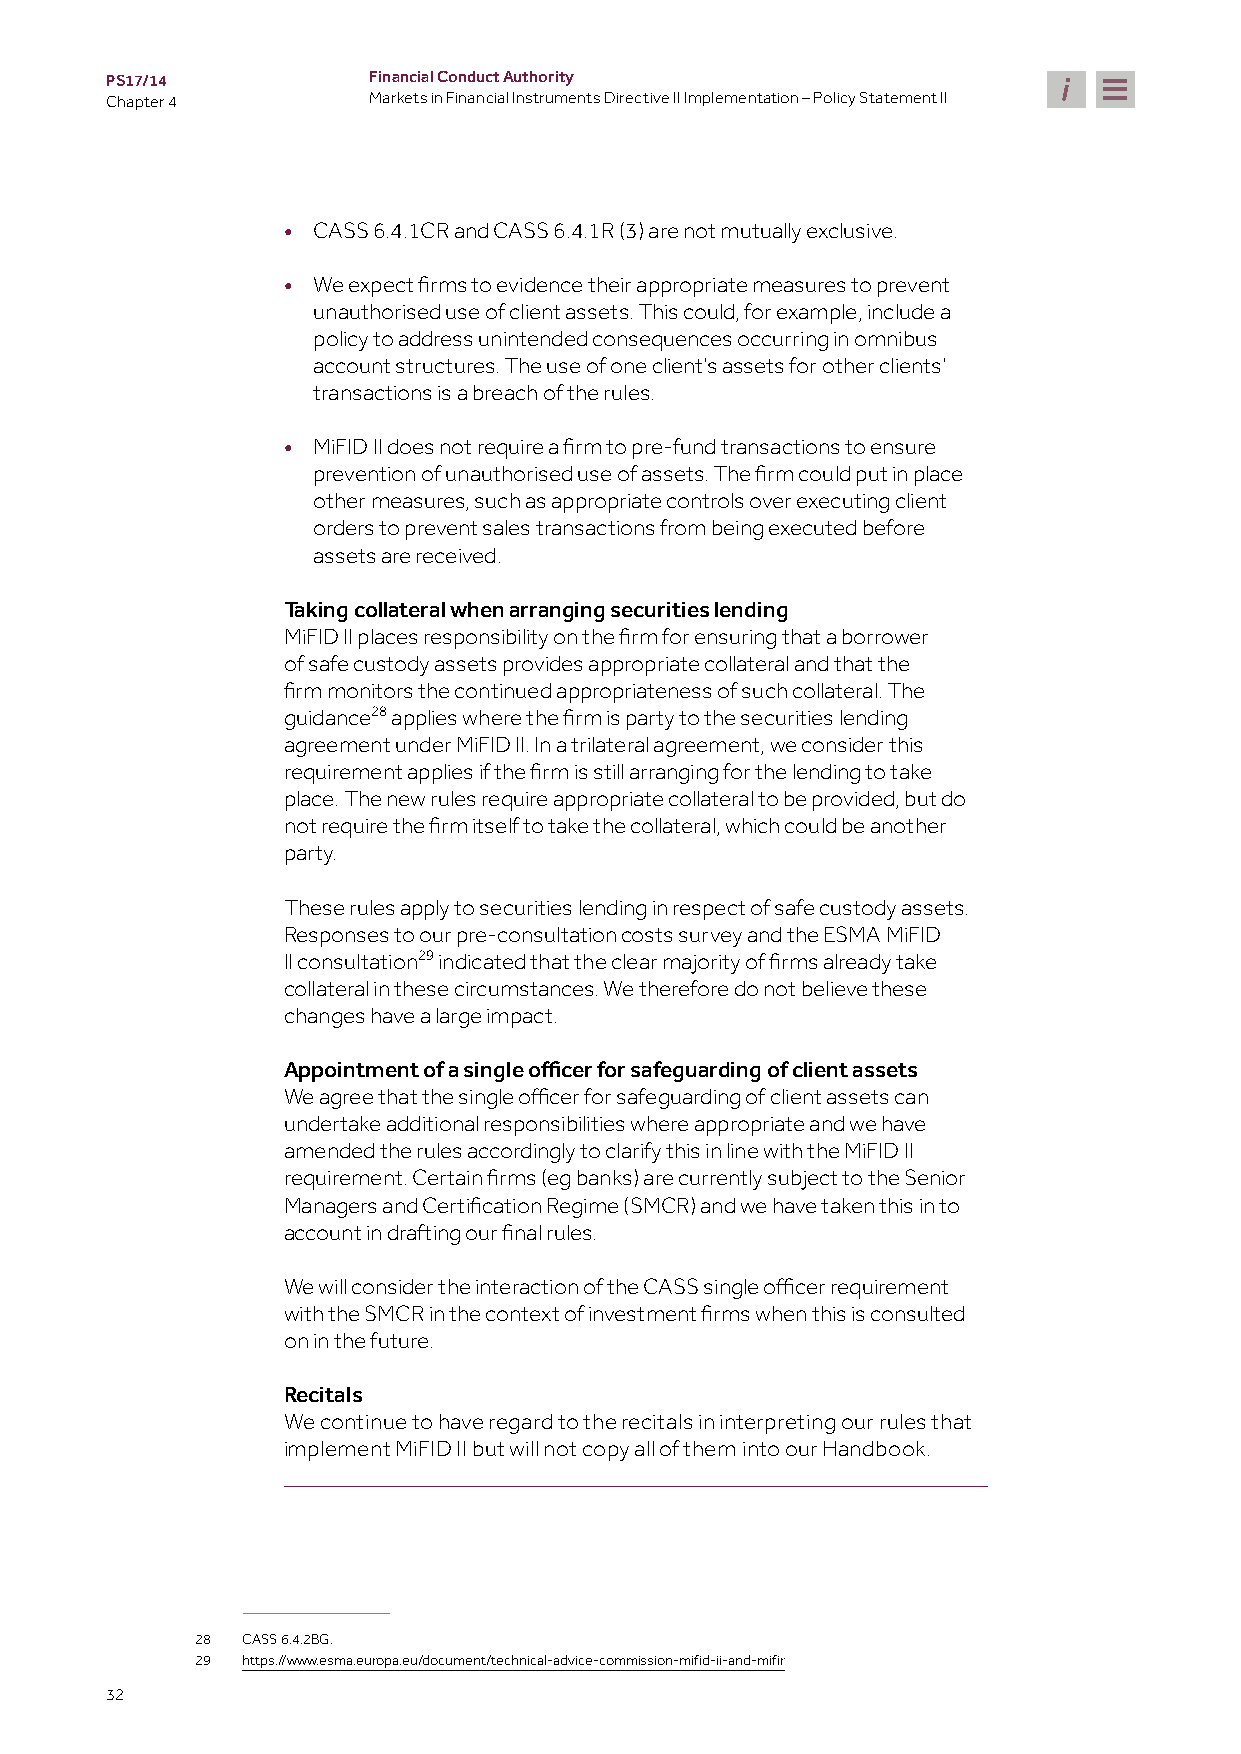
PS17/14          Financial Conduct Authority
 Chapter 4        Markets in Financial Instruments Directive II Implementation – Policy Statement II
 • CASS 6.4.1CR and CASS 6.4.1R (3) are not mutually exclusive.
 •
 We expect firms to evidence their appropriate measures to prevent
 unauthorised use of client assets. This could, for example, include a
 policy to address unintended consequences occurring in omnibus
 account structures. The use of one client’s assets for other clients’
 transactions is a breach of the rules.
 •
 MiFID II does not require a firm to pre-fund transactions to ensure
 prevention of unauthorised use of assets. The firm could put in place
 other measures, such as appropriate controls over executing client
 orders to prevent sales transactions from being executed before
 assets are received.
 Taking collateral when arranging securities lending
 MiFID II places responsibility on the firm for ensuring that a borrower
 of safe custody assets provides appropriate collateral and that the
 firm monitors the continued appropriateness of such collateral. The
 guidance28
 applies where the firm is party to the securities lending
 agreement under MiFID II. In a trilateral agreement, we consider this
 requirement applies if the firm is still arranging for the lending to take
 place. The new rules require appropriate collateral to be provided, but do
 not require the firm itself to take the collateral, which could be another
 party.
 These rules apply to securities lending in respect of safe custody assets.
 Responses to our pre-consultation costs survey and the ESMA MiFID
 II consultation29
 indicated that the clear majority of firms already take
 collateral in these circumstances. We therefore do not believe these
 changes have a large impact.
 Appointment of a single officer for safeguarding of client assets
 We agree that the single officer for safeguarding of client assets can
 undertake additional responsibilities where appropriate and we have
 amended the rules accordingly to clarify this in line with the MiFID II
 requirement. Certain firms (eg banks) are currently subject to the Senior
 Managers and Certification Regime (SMCR) and we have taken this in to
 account in drafting our final rules.
 We will consider the interaction of the CASS single officer requirement
 with the SMCR in the context of investment firms when this is consulted
 on in the future.
 Recitals
 We continue to have regard to the recitals in interpreting our rules that
 implement MiFID II but will not copy all of them into our Handbook.
 28 CASS 6.4.2BG.
 29 https://www.esma.europa.eu/document/technical-advice-commission-mifid-ii-and-mifir
 32